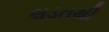
લડતથી